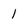
Character: 1